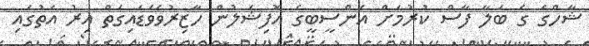
ޝާހްގެ ގެ ބަލާ ފާސް ކުރުމަށް އެންސީބީގެ އޮފިޝަލުން ހާޒިރުވެވަޑައިގަތް އިރު އަތުގައި